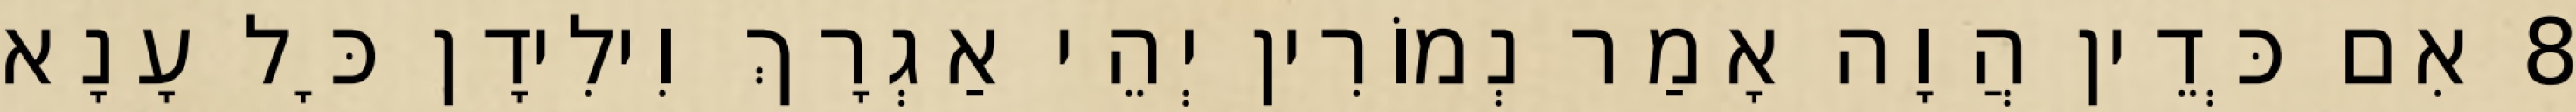
8 אִם כְּדֵין הֲוָה אָמַר נְמוֹרִין יְהֵי אַגְרָךְ וִילִידָן כָּל עָנָא